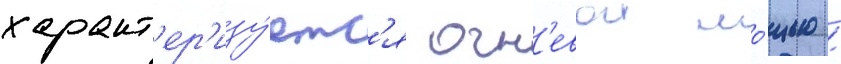
характ'ер'изу́етс'я огн'евои мо́щью /